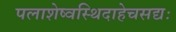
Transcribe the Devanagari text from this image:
पलाशेष्वस्थिदाहेचसद्यः